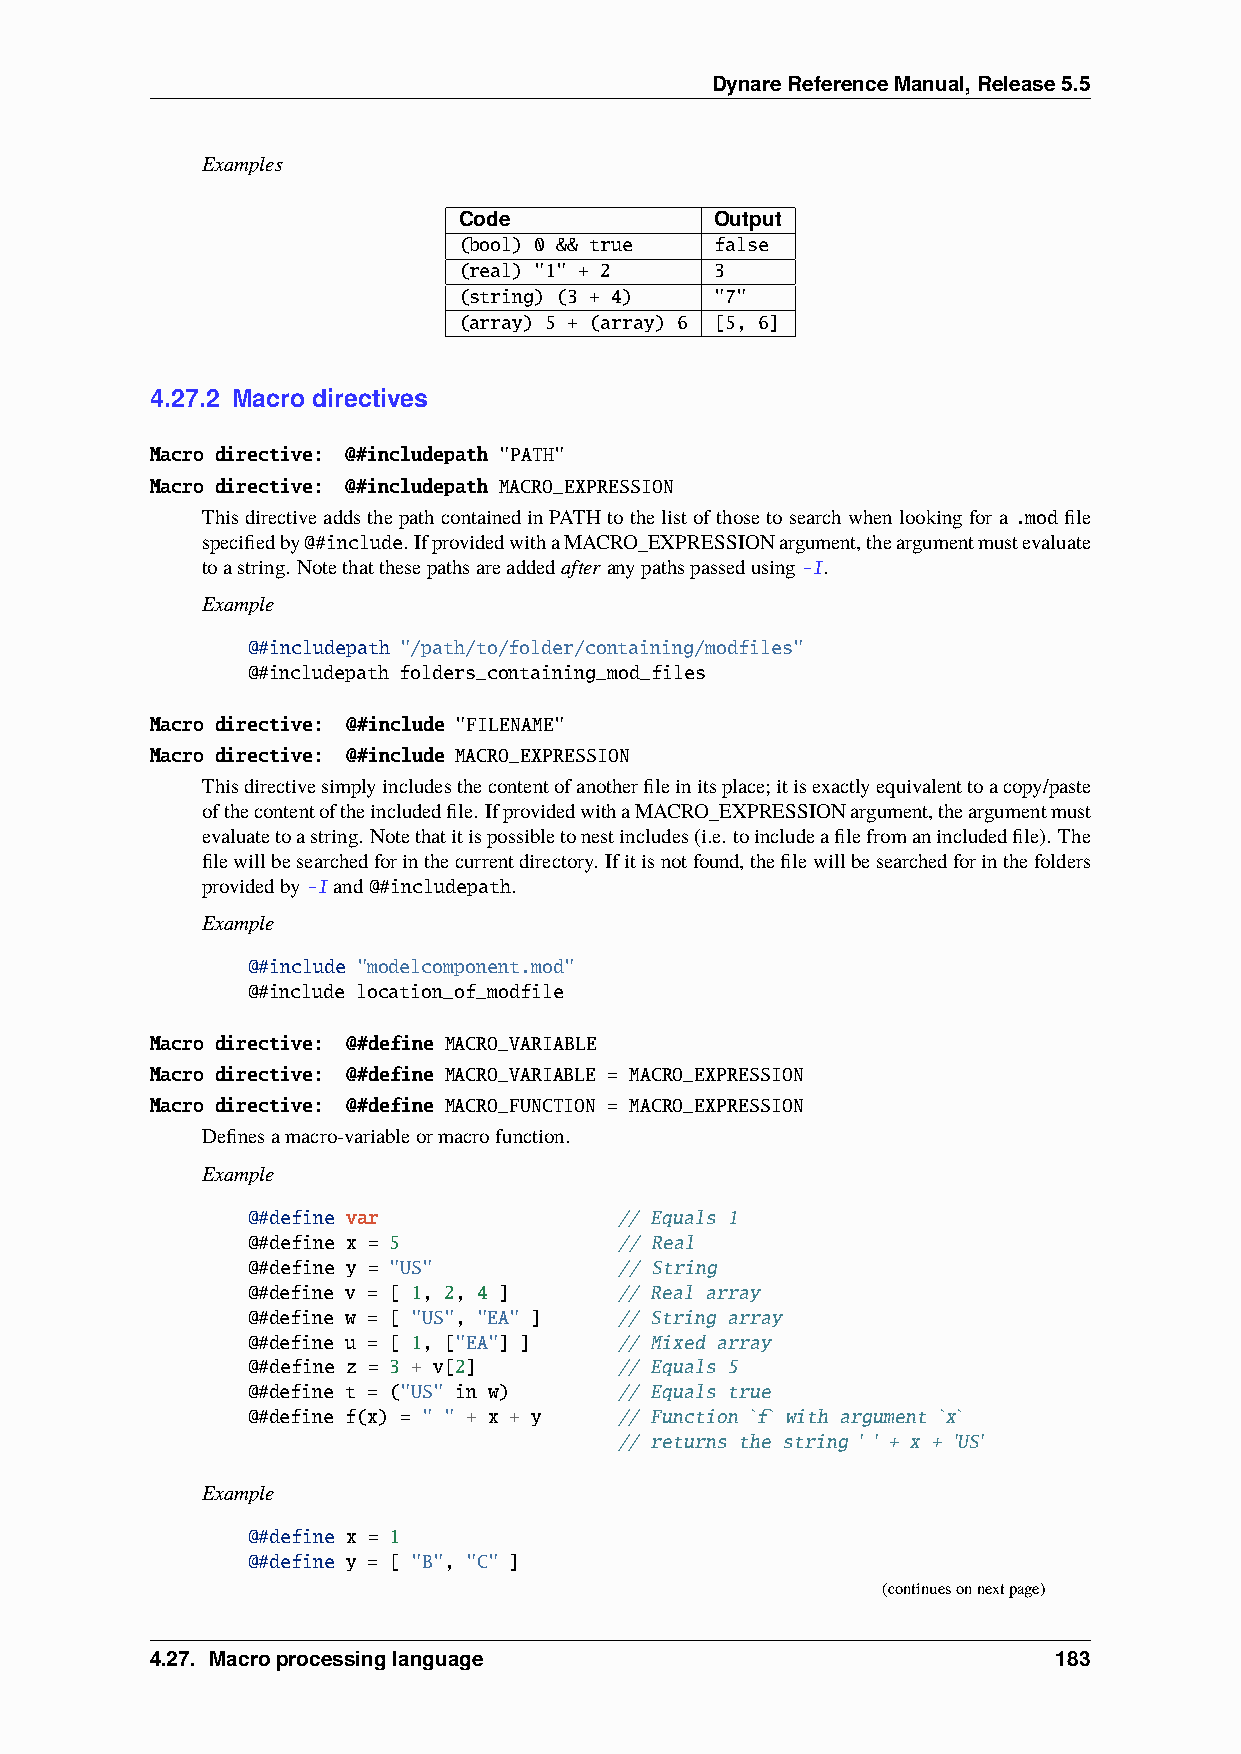
DynareReferenceManual,Release5.5
 Examples
 Code             Output
 (bool) 0 && true false
 (real) "1" + 2   3
 (string) (3 + 4) "7"
 (array) 5 + (array) 6 [5, 6]
 4.27.2 Macro directives
 Macro directive: @#includepath "PATH"
 Macro directive: @#includepath MACRO_EXPRESSION
 ThisdirectiveaddsthepathcontainedinPATHtothelistofthosetosearchwhenlookingfora .modfile
 specifiedby@#include. IfprovidedwithaMACRO_EXPRESSIONargument,theargumentmustevaluate
 toastring. Notethatthesepathsareaddedafteranypathspassedusing-I.
 Example
 @#includepath "/path/to/folder/containing/modfiles"
 @#includepath folders_containing_mod_files
 Macro directive: @#include "FILENAME"
 Macro directive: @#include MACRO_EXPRESSION
 Thisdirectivesimplyincludesthecontentofanotherfileinitsplace;itisexactlyequivalenttoacopy/paste
 ofthecontentoftheincludedfile. IfprovidedwithaMACRO_EXPRESSIONargument,theargumentmust
 evaluatetoastring. Notethatitispossibletonestincludes(i.e. toincludeafilefromanincludedfile). The
 filewillbesearchedforinthecurrentdirectory. Ifitisnotfound,thefilewillbesearchedforinthefolders
 providedby-Iand@#includepath.
 Example
 @#include "modelcomponent.mod"
 @#include location_of_modfile
 Macro directive: @#define MACRO_VARIABLE
 Macro directive: @#define MACRO_VARIABLE = MACRO_EXPRESSION
 Macro directive: @#define MACRO_FUNCTION = MACRO_EXPRESSION
 Definesamacro-variableormacrofunction.
 Example
 @#define var             // Equals 1
 @#define x = 5           // Real
 @#define y = "US"        // String
 @#define v = [ 1, 2, 4 ] // Real array
 @#define w = [ "US", "EA" ] // String array
 @#define u = [ 1, ["EA"] ] // Mixed array
 @#define z = 3 + v[2]    // Equals 5
 @#define t = ("US" in w) // Equals true
 @#define f(x) = " " + x + y // Function `f` with argument `x`
 // returns the string ' ' + x + 'US'
 Example
 @#define x = 1
 @#define y = [ "B", "C" ]
 (continuesonnextpage)
 4.27. Macroprocessinglanguage                               183